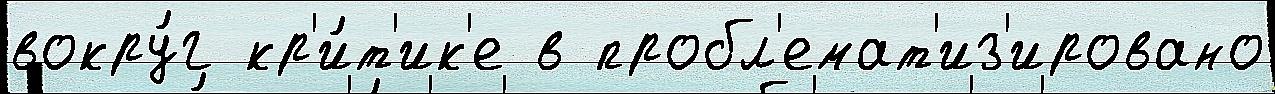
вокру́г кр'и́т'ик'е в пробл'емат'из'ировано